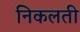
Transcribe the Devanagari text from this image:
निकलती